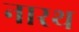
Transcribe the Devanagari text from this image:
नारथ